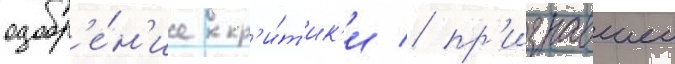
одобр'е́н'ие кр'и́т'ик'и / пр'изнавшеи